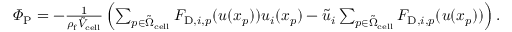
\begin{array} { r } { \varPhi _ { \mathrm { P } } = - \frac { 1 } { \rho _ { \mathrm { f } } \tilde { V } _ { \mathrm { c e l l } } } \left( \sum _ { p \in \tilde { \Omega } _ { \mathrm { c e l l } } } F _ { \mathrm { D } , i , p } ( \boldsymbol { u } ( \boldsymbol { x } _ { p } ) ) u _ { i } ( \boldsymbol { x } _ { p } ) - \tilde { u } _ { i } \sum _ { p \in \tilde { \Omega } _ { \mathrm { c e l l } } } F _ { \mathrm { D } , i , p } ( \boldsymbol { u } ( \boldsymbol { x } _ { p } ) ) \right) . } \end{array}